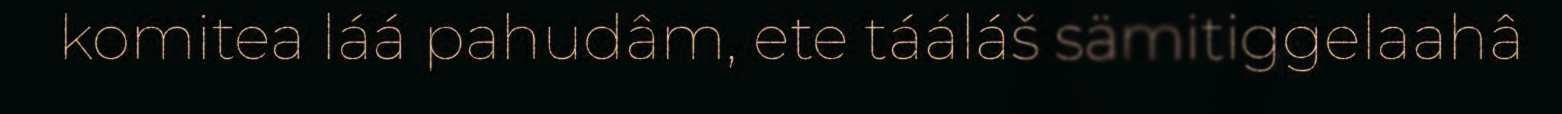
komitea láá pahudâm, ete tááláš sämitiggelaahâ